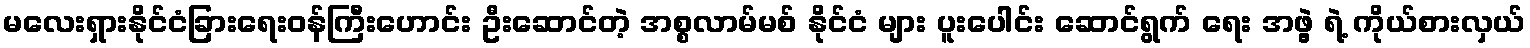
မလေးရှားနိုင်ငံခြားရေးဝန်ကြီးဟောင်း ဦးဆောင်တဲ့ အစ္စလာမ်မစ် နိုင်ငံ များ ပူးပေါင်း ဆောင်ရွက် ရေး အဖွဲ့ ရဲ့ ကိုယ်စားလှယ်